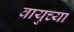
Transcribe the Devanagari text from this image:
वायुच्या